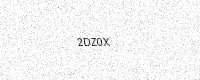
Text: 2DZ0X